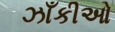
ઝાઁકીઓ